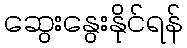
ဆွေးနွေးနိုင်ရန်